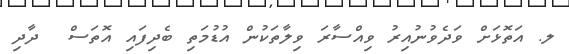
ލ. އަތޮޅަށް ވަދެވުނުއިރު ވިއްސާރަ ވިލާތަކުން އުޑުމަތި ބެދިފައި އޮތަސް  ދާދި